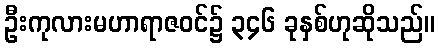
ဦးကုလားမဟာရာဇဝင်၌ ၃၄၆ ခုနှစ်ဟုဆိုသည်။